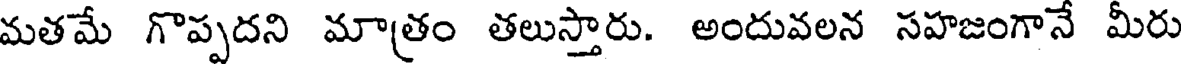
మతమే గొప్పదని మాత్రం తలుస్తారు. అందువలన సహజంగానే మీరు